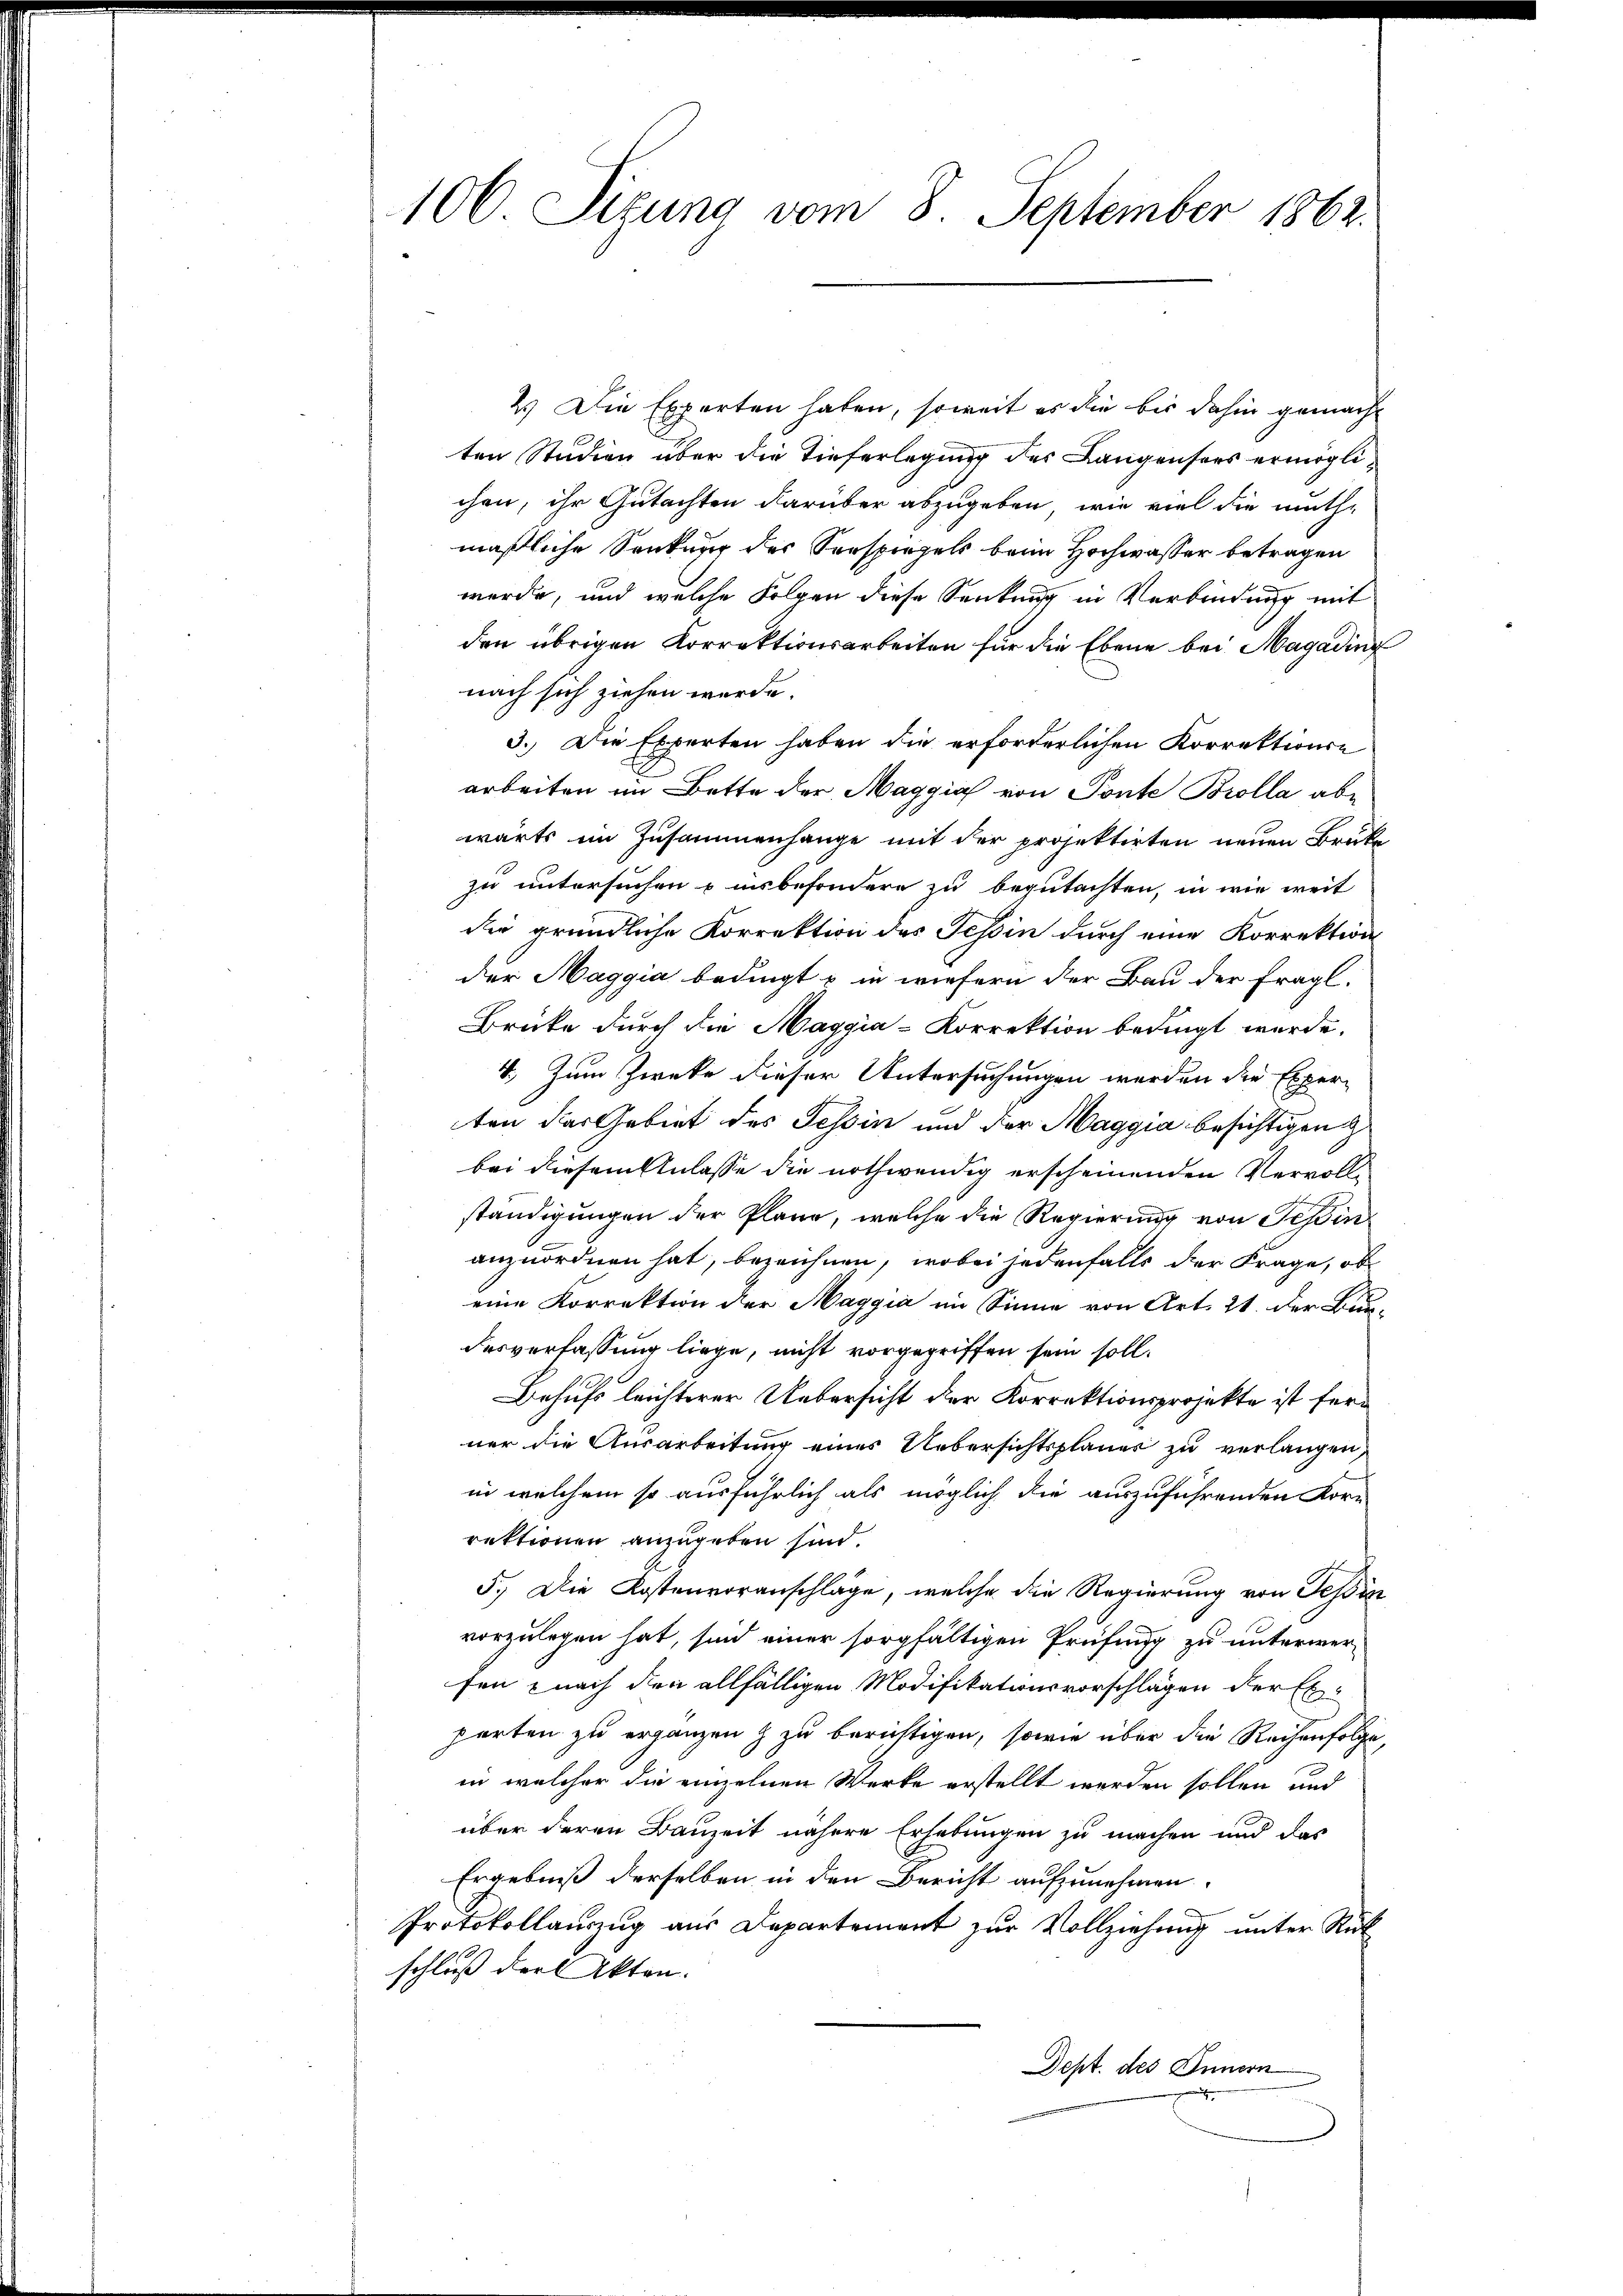
106. Sizung vom 8. September 1862.

2.) Die Experten haben, soweit es die bis dahin gemacht
ten Studien über die Tieferlegung des Langensees ermöglichen, ihr Gutachten darüber abzugeben, wie viel die muthe
mäßliche Senkung des Senspiegels beim Hochwasser betragen
werde, und welche Folgen diese Senkung in Verbindung mit
den übrigen Korrektionsarbeiten für die Ebene bei Magading
nach sich ziehen werde.
3.) Die Experten haben die erforderlichen Korrektionse
arbeiten im Bette der Maggia von Tonte Brolla abe
wärts im Zusammenhange mit der projektirten neuen Brüke
zu untersuchen u insbesondern zu begutachten, in wie weit
die gründliche Korrektion des Tessin durch eine Korrektion
der Maggia bedingt u in wiefern der Bau der fragl.
Brüke durch die Maggia-Korrektion bedingt werde.
4. Zum Zwecke dieser Untersuchungen werden die Experten das Gebiet des Tessin und der Maggia besichtigen z
bei diesem Anlasse die nothwendig erscheinenden Vervoll-
ständigungen der Plane, welche die Regierung von Tessin
anzuordnen hat, bezeichnen, wobei jedenfalls der Frage, ob
eine Korrektion der Maggia im Sinne von Art. 21. der Bun-
desverfassung liege, nicht vorgegriffen sein soll.
Behufs leichterer Uebersicht der Korrektionsprojekte ist ferner die Ausarbeitung eines Uebersichtsplaner zu verlangen,
in welchem so ausführlich als möglich die auszuführenden Korn
rektionen anzugeben sind.
5.) Die Kostenvoranschläge, welche die Regierung von Tessin
vorzulegen hat, sind einer sorgfältigen Prüfung zu unterwerfen nach den allfälligen Modifikationsvorschlägen der Ex-
parten zu ergänzen & zu berichtigen, sowie über die Reihenfolge,
in welcher die einzelnen Werke erstellt werden sollen und
über deren Bauzeit nähere Erhebungen zu machen und das
Ergebniß derselben in den Bericht aufzunehmen.
Protokollauszug aus Departement zur Vollziehung unter Rück
schluß der Akten.
Dept. des Innern